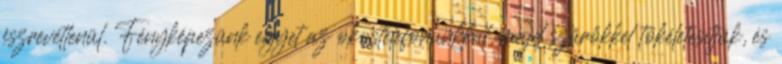
észrevétlenül. Fényképezünk egyet az okostelefonunkkal, majd szűrőkkel tökéletesítjük, és